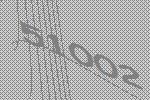
51002